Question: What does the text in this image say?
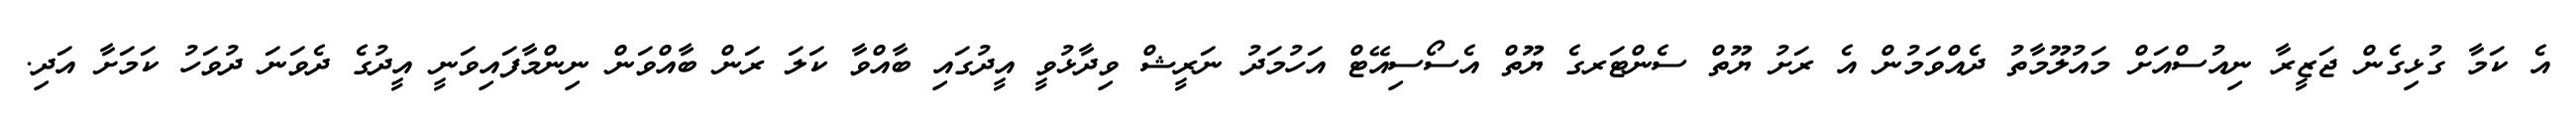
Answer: އެ ކަމާ ގުޅިގެން ޖަޒީރާ ނިއުސްއަށް މައުލޫމާތު ދެއްވަމުން އެ ރަށު ޔޫތް ސެންޓަރގެ ޔޫތް އެސޯސިއޭޓް އަހުމަދު ނަރީޝް ވިދާޅުވީ އީދުގައި ބާއްވާ ކަލަ ރަން ބާއްވަން ނިންމާފައިވަނީ އީދުގެ ދެވަނަ ދުވަހު ކަމަށާ އަދި.